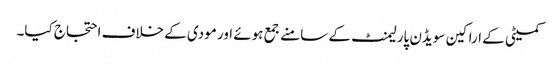
کمیٹی کے اراکین سویڈن پارلیمنٹ کے سامنے جمع ہوئے اور مودی کے خلاف احتجاج کیا۔